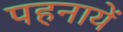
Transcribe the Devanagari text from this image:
पहनायें